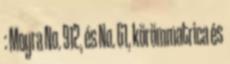
: Moyra No. 912, és No. 61, körömmatrica és